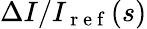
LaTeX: \Delta I/I_{\mathrm{~r~e~f~}}(s)